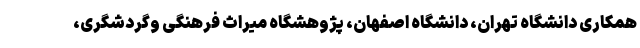
همکاری دانشگاه تهران، دانشگاه اصفهان، پژوهشگاه میراث فرهنگی وگردشگری،